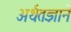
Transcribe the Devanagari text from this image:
अर्थतज्ञाने